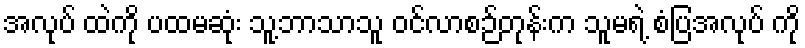
အလုပ် ထဲကို ပထမဆုံး သူ့ဘာသာသူ ဝင်လာစဉ်တုန်းက သူမရဲ့ စံပြအလုပ် ကို